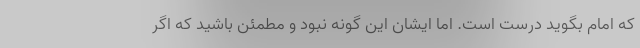
که امام بگوید درست است. اما ایشان این گونه نبود و مطمئن باشید که اگر